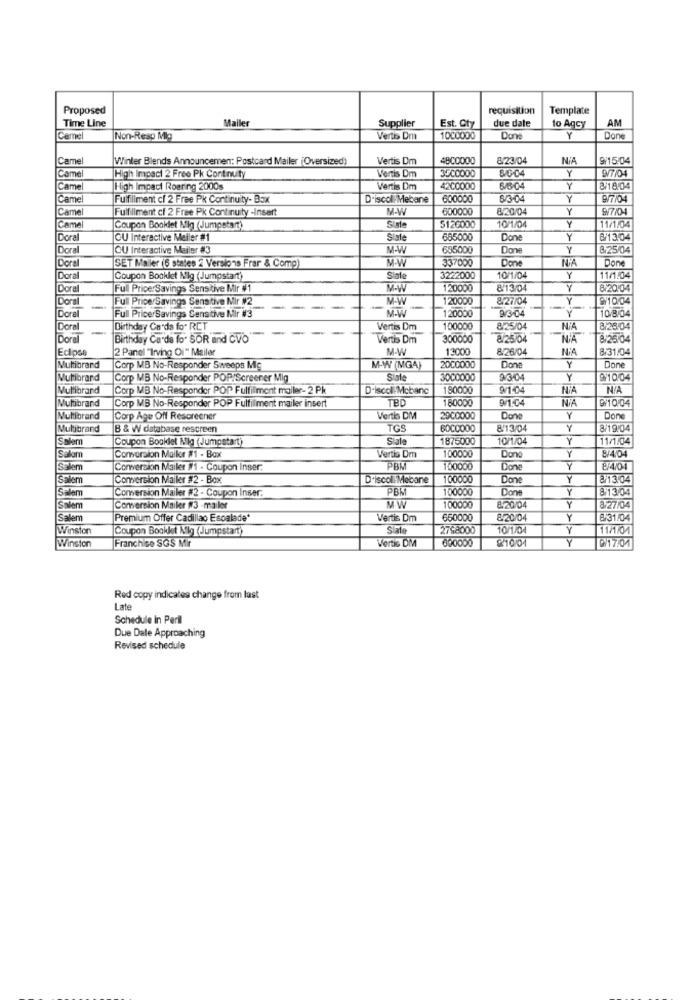
Proposed
requisition
Template
Time Line
Mailer
Supplier
due date
AM
Est. Oty
to Agcy
Came
Non-Reap Mig
Vertis Dm
1000000
Dont
Y
Done
Came
Winter Blends Announcemen: Postcard Mailer (Oversized)
Vertis Dm
4800000
8/23/04
9/15:04
High Impact 2 Free Pk Continuity
3500000
Y
977/04
Camel
Vertis Dm
ICame
High Impact Roaring 2000s
Vertis Dm
4200000
8/18/04
ICame
Fulfillment cl 2 Free Pk Continuity- Box
D'iscol Mebane
600000
8/304
Y
9/7/04
Camel
Fulfillment cf 2 Free Pk Continuity -Insert
M-W
600000
@/20/04
9/7/04
Y
Came
Coupon Booklet Mig (Jumpstart)
5126000
10/1/04
11/1/04
Doral
CU Interactive Meller #1
Slate
685000
Done
Y
6/13:04
Doral
OU Interactive Meiler #3
M-W
695000
Done
Y
8/25/04
Doral
SET Moler (6 states 2 Versions Frar & Comg)
337000
Done
NA
Done
M.W
Doral
Coupon Booklet Mig (Jumpstart)
Siate
3222000
10/1/04
Y
11/1:04
Dora
Full Price Savings Sensitive Mir #1
M-W
120000
8'13/04
Y
8/20.04
Dor
Full Price Savings Sensitive Mir #2
120000
&27/04
Y
9/10/04
Doral
-
--
10/8/04
Full Price Savings Sensitive Mir #3
20000
9/3-04
Doral
Birthday Cards for RCT
Vertis Dm
100000
8/25/04
N'A
8/25/04
Doral
Birthday Cards fo" SOR and CVO
Vertis Dm
300000
8/25/04
NA
8/25/04
Eclipse
2 Panel "Irving Oi" Mailer
M-W
13000
8/26/04
8/31/04
Don
Y
Done
Multibrand
Corp MB No-Responder Sweeps Mig
M-W (MG4)
2000000
Multibrand
Corp MB No-Responder POP!Screener Mig
Siste
3000000
9/10.04
Multibrand
Corp MB No-Responder POP Fulfillment mailer- 2 Pk
D-iscoll Mcbanc
180000
9/1504
NA
Multibrand
Corp MB No-Responder POP Fulfilment mailer insert
TBD
9/104
NIA
@/10/04
180000
Multibrand
Corp Age Off Rescreener
Vertis DM
2000000
Don
Y
Done
Multibrand
B & W database rescreen
TGS
BOCCO00
813/04
Y
8/19.04
Salem
Coupon Booklet Mlg (Jumpstart)
Siale
1875000
10/1/04
Y
11/1.04
Don
Y
8/4/04
Salom
Conversion Mailor #1 - Box
Vertis Dm
100000
Salem
Conversion Mailer #1 - Coupon Inser.
PBM
100000
Done
Y
8/4/04
Salem
Conversion Mailer #2 - Box.
D'iscoll Mebane
100000
Done
8 13.04
Salem
Comersion Mailer #2 - Coupon Inser.
PBM
100000
Dor
Y
8/13/04
Salem
Conversion Mailer #3 -mailer
100000
8.20/04
Y
8-27/04
Salem
Premium Offer Cadillac Escalade*
Vertis Dm
650000
8 20/04
Y
8-31/04
Winston
Coupon Booklet Mig (Jumpstart)
2768000
10/1/04
Y
11/1/01
Franchise SGS Mir
600000
₡10/04
Y
Winston
Vertis DM
@/17:01
Red copy indicates change from last
Late
Schedule In Peril
Due Date Approaching
Revised schedule